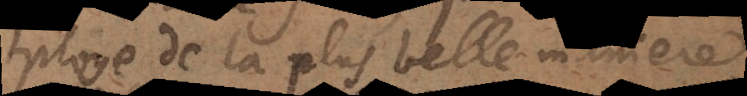
ploye de la plus belle maniere